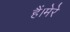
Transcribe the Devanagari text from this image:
हैं।मेरे